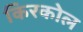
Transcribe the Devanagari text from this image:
किरकोल